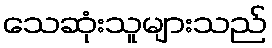
သေဆုံးသူများသည်